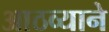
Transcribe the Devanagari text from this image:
आठव्याने